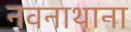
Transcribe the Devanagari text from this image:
नवनाथाना